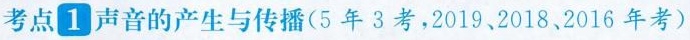
考点 1 声音的产生与传播(5年3考，2019、2018、2016 年考)